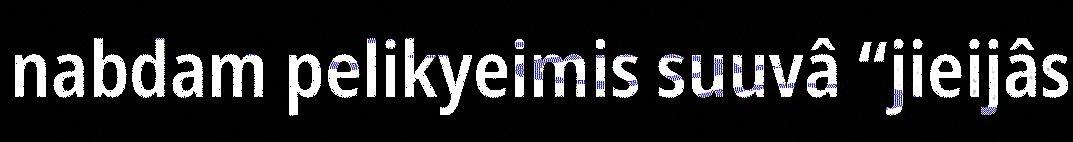
nabdam pelikyeimis suuvâ “jieijâs